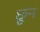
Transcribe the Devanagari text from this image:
छून